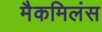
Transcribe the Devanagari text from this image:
मैकमिलंस